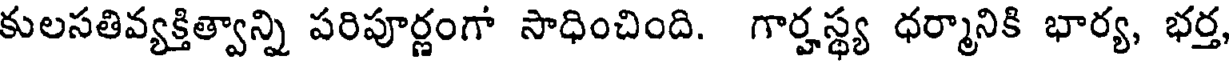
కులసతివ్యక్తిత్వాన్ని పరిపూర్ణంగా సాధించింది. గార్హస్థ్య ధర్మానికి భార్య, భర్త,